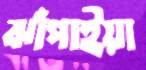
ঝাঁপাইয়া